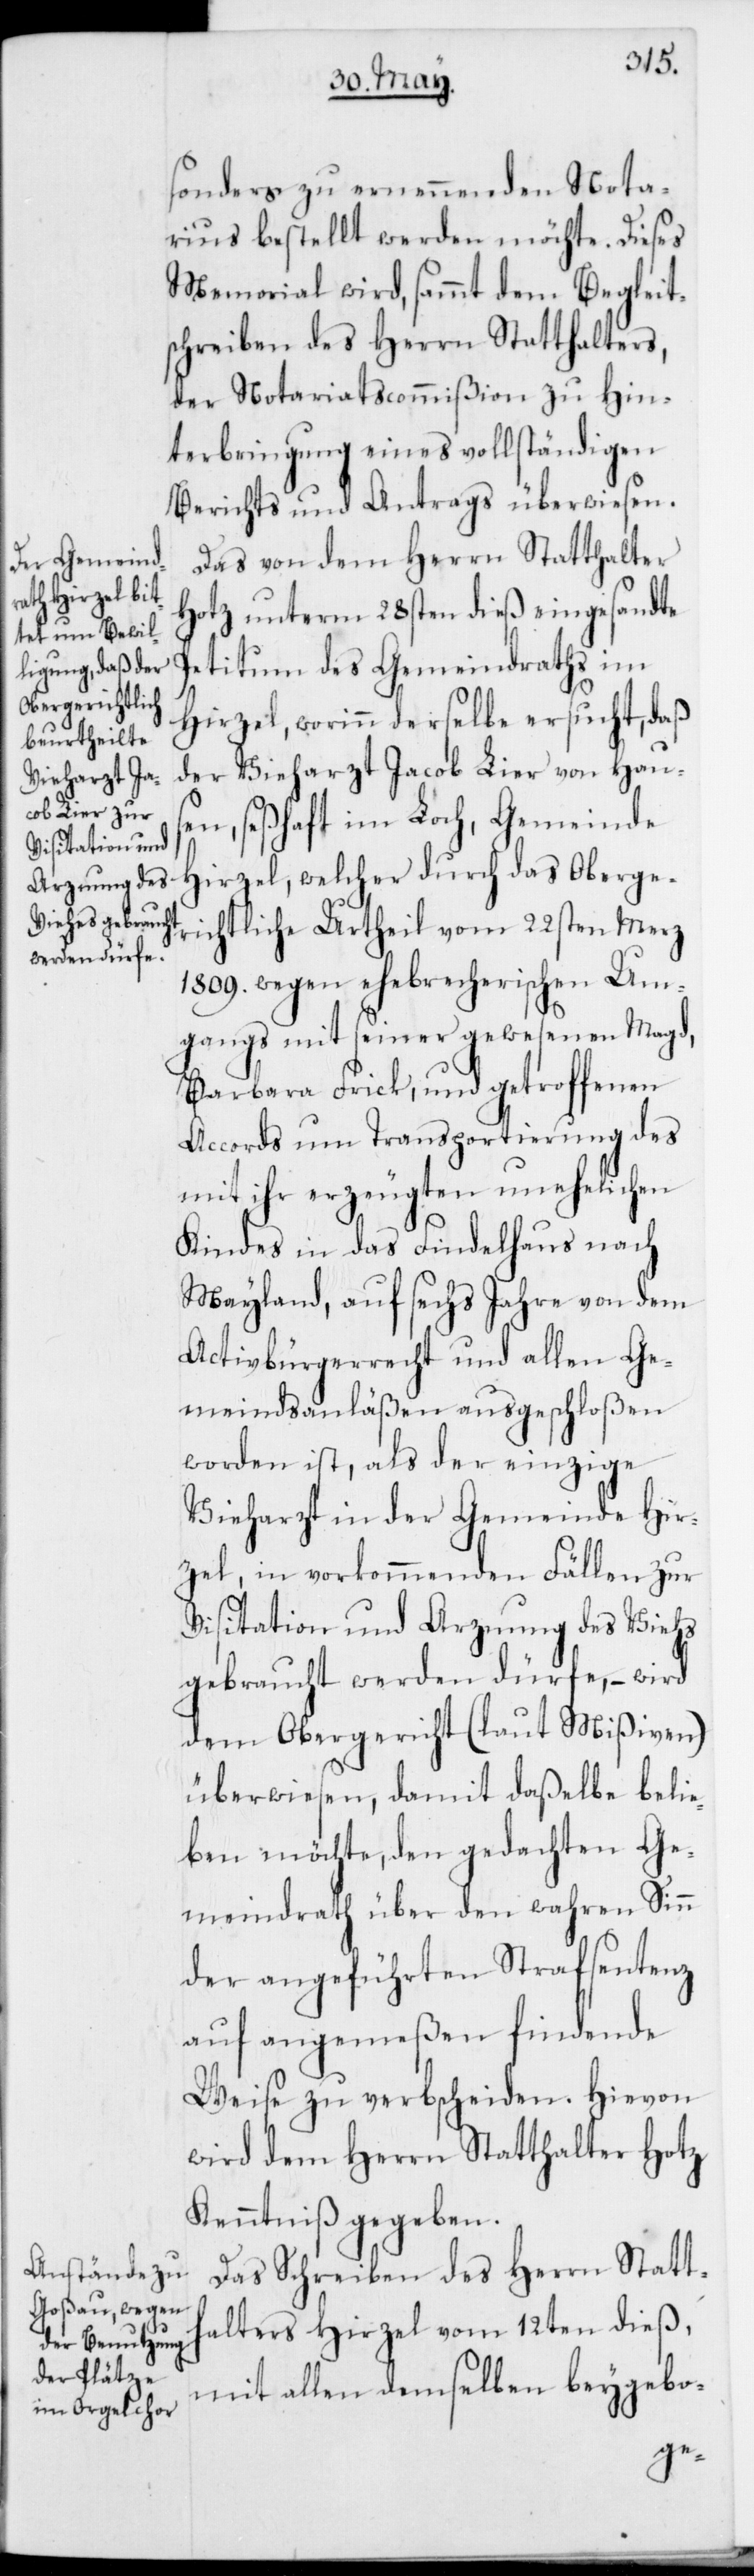
sonders zu ernennenden Nota¬
rius bestellt werden möchte. Dieses
Memorial wird, sammt dem Begleit¬
schreiben des Herrn Statthalters,
der Notariatscommißion zu Hin¬
terbringung eines vollständigen
Berichts und Antrags überwiesen.
Das von dem Herrn Statthalter
Hotz unterm 28sten dieß eingesandte
Petitum des Gemeindraths im
Hirzel, worinn derselbe ersucht, daß
der Vieharzt Jacob Lier von Haus¬
en, seßhaft im Löch, Gemeinde
Hirzel, welcher durch das Oberge¬
richtliche Urtheil vom 22sten Merz
1809. wegen ehebrecherischen Um¬
gangs mit seiner gewesenen Magd,
Barbara Frick, und getroffenen
Accords um Transportierung des
mit ihr erzeugten unehelichen
Kindes in das Findelhaus nach
Mayland, auf sechs Jahre von dem
Activbürgerrecht und allen Ge¬
meindsanläßen ausgeschloßen
worden ist, als der einzige
Vieharzt in der Gemeinde Hir¬
zel, in vorkommenden Fällen zur
Visitation und Arznung des Viehs
gebraucht werden dürfe, – wird
dem Obergericht (laut Mißiven)
überwiesen, damit daßelbe belie¬
ben möchte, den gedachten Ge¬
meindrath über den wahren Sinn
der angeführten Strafsentenz
auf angemeßen findende
Weise zu verbscheiden. Hievon
wird dem Herrn Statthalter Hotz
Kenntniß gegeben.
Das Schreiben des Herrn Statt¬
halters Hirzel vom 12ten dieß,
mit allen demselben beygebo-